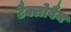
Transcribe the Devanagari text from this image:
टैक्लोबैन